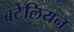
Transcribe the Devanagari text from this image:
बटेलियन